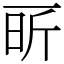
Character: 㪽